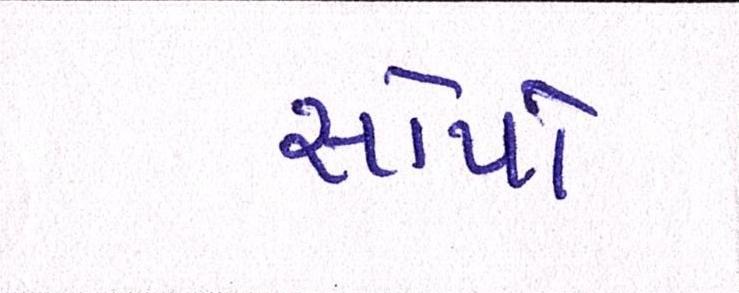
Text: સોપો